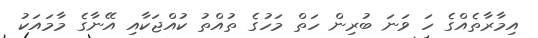
އިމާރާތެއްގެ ހަ ވަނަ ބުރިން ހަތް މަހުގެ ތުއްތު ކުއްޖަކާއި އޭނާގެ މާމައަކު